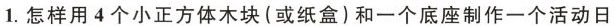
1.怎样用4个小正方体木块(或纸盒)和一个底座制作一个活动日